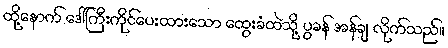
ထို့နောက် ဒေါ်ကြီးကိုင်ပေးထားသော ထွေးခံထဲသို့ ပွခန် အန်ချ လိုက်သည်။